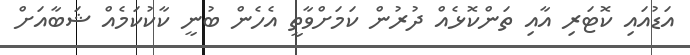
އަޑުއައި ކޮޓަރި އާއި ތަންކޮޅެއް ދުރުން ކަމަށްވާތީ އެހެން ބުނީ ކާކުކަމެއް ޝަބާއަށް